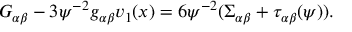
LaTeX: G _ { \alpha \beta } - 3 \psi ^ { - 2 } g _ { \alpha \beta } v _ { 1 } ( x ) = 6 \psi ^ { - 2 } ( \Sigma _ { \alpha \beta } + \tau _ { \alpha \beta } ( \psi ) ) .